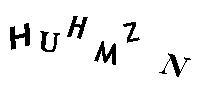
HUHMZN